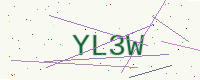
Text: YL3W